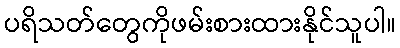
ပရိသတ်တွေကိုဖမ်းစားထားနိုင်သူပါ။